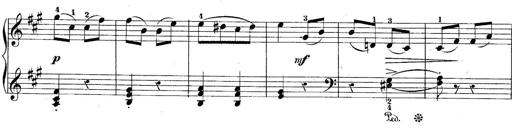
Title: 10 Sonatines progressives
Composer: Anton Schmoll